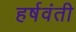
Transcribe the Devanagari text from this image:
हर्षवंती